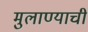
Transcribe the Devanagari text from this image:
मुलाण्याची